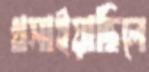
খসাইয়াছিলে